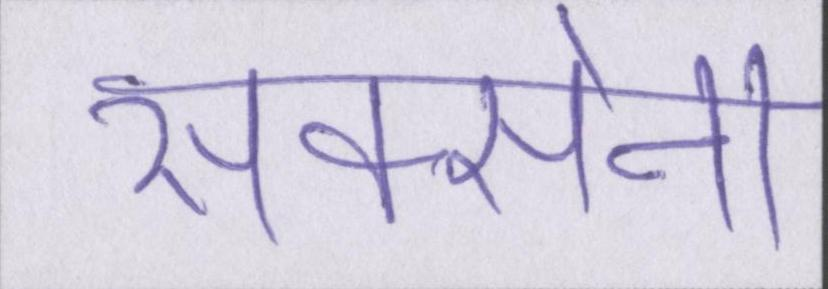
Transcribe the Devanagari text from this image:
सक्सेना